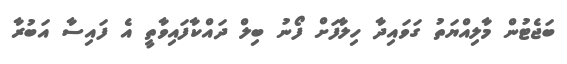
ބަޖެޓުން މާލިއްޔަތު ގަވައިދާ ހިލާފަށް ފޯނު ބިލް ދައްކާފައިވާތީ އެ ފައިސާ އަބުރާ